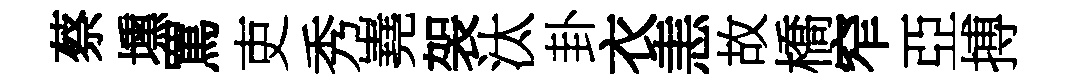
蔡壎罵吏秀嶤袈汰卦衣恚故橋窄亞搏